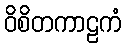
ဝိစိတကာဠကံ